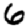
Digit: 6